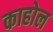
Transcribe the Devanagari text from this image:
काहोल